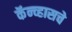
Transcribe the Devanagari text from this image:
कॅन्व्हासचे